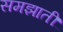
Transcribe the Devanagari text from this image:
समझातीं